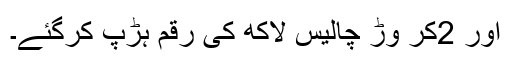
اور 2کر وڑ چالیس لاکھ کی رقم ہڑپ کرگئے۔